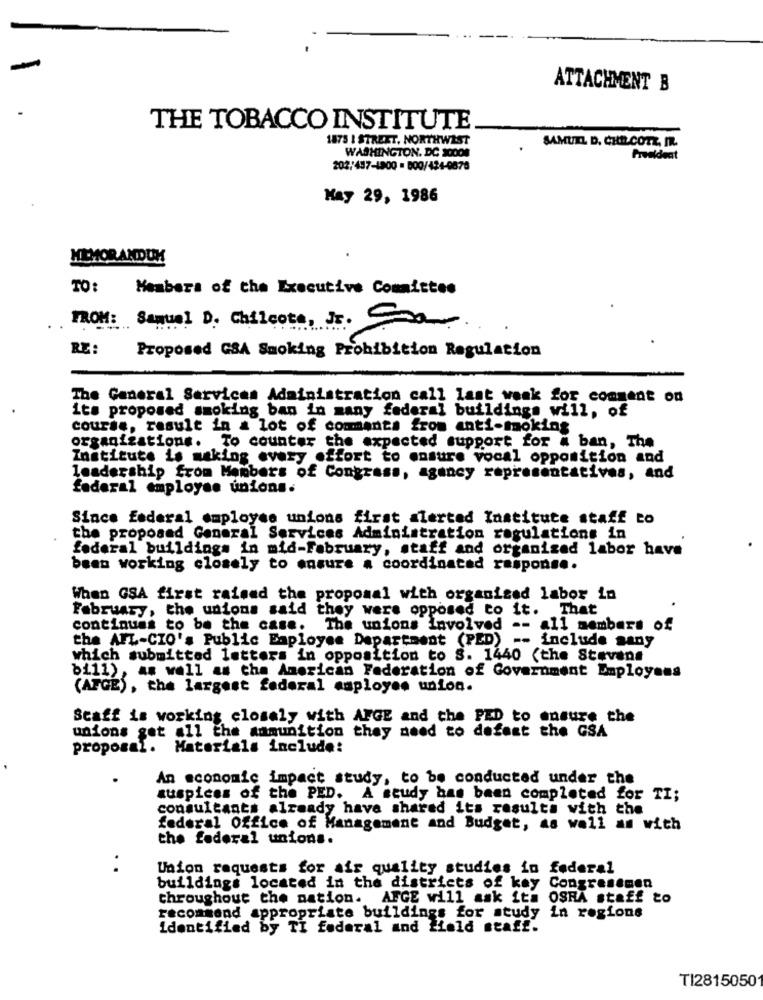
ATTACHMENT B
THE TOBACCO INSTITUTE
1873 | STREET, NORTHWEST
SAMUEL D. CHD.COTE, MR.
WASHINGTON, DC 20008
President
202/437-1900 = 800/424-0678
May 29, 1986
MEMORANDUM
TO:
Members of the Executive Committee
FROM: Samuel D. Chileote, Js. Com
RE :
Proposed G&A Smoking Prohibition Regulation
The General Services Administration call last waak for comment on
its proposed smoking ban in many federal buildings will, of
course, result in a lot of comments from anti-moking
organizations. To counter the expected support for # ban, The
Institute is making every effort to ensure vocal opposition and
leadership from Members of Congress, agancy representatives, and
federal employee unions.
Since federal employee unions first alerted Institute staff to
the propoand General Services Administration regulations in
federal buildings in mid-February, staff and organized labor have
been working closely to ensure a coordinated response.
When GSA first raised the proposal with organised labor in
February, the unions said they were opposed to it. That
continues to be the case. The unions Involved -- all members of
the AFL-CIO's Public Employee Department (PED) -- include sany
which submitted letters in opposition to S. 1440 (the Stevens
bill), as well as the American Federation of Government Employees
(AFGE), the largest federal employee union.
Scaff is working closely with AFGE and the PED to ensure the
unions get all the ammunition they need to dofest the GSA
proposal. Materials include:
An economic impact study, to be conducted under the
auspices of the PED. A study bas been completed for TI;
consultants already have shared its results with the
federal Office of Management and Budget, as well as with
the federal unions.
.
Union requests for air quality studies in federal
buildings located in the districts of key Congressmen
throughout the nation. AFGE will ask ita OSRA staff to
recommend appropriate buildings for study in regions
Identified by TI federal and field staff.
TI28150501